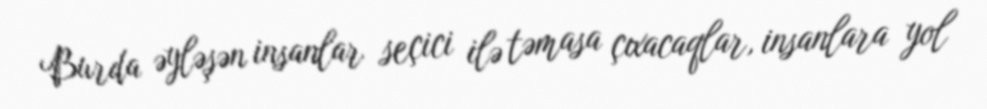
Burda əyləşən insanlar seçici ilə təmasa çıxacaqlar, insanlara yol